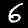
Label: 6